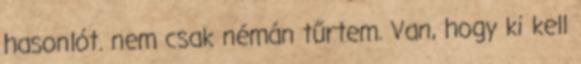
hasonlót. nem csak némán tűrtem. Van, hogy ki kell